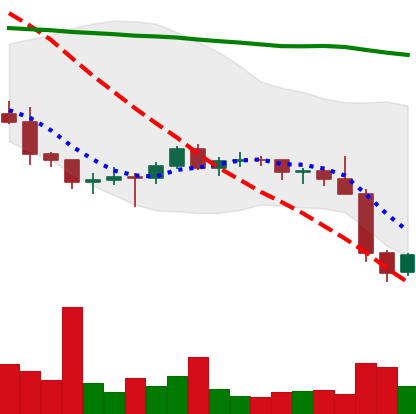
Ticker: BTC-USD
Chart end date: 2022-01-23
Forward return: 4.156%
Label: up_3_5